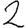
Digit: 2